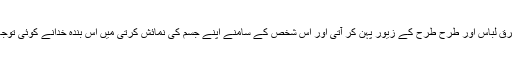
لڑکی نے یہ ذمہ داری قبول کی اور ہر دن زرق برق لباس اور طرح طرح کے زیور پہن کر آتی اور اس شخص کے سامنے اپنے جسم کی نمائش کرتی میں اس بندہ خدانے کوئی توجہ نہ کی اور نہ کبھی اس لڑکی کو کوئی کام بتایا ۔